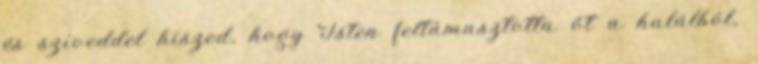
és szíveddel hiszed, hogy Isten feltámasztotta őt a halálból,